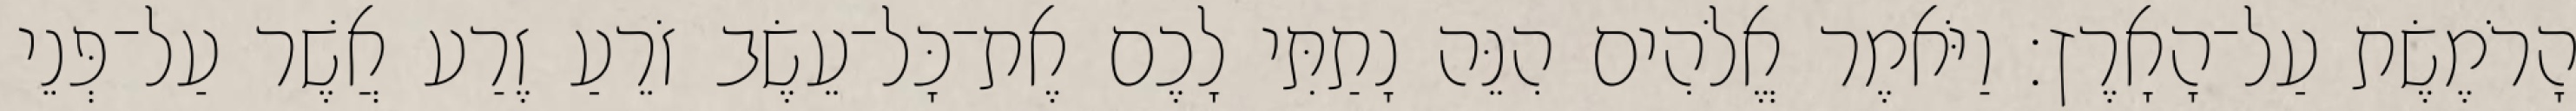
הָרֹמֶשֶׂת עַל־הָאָרֶץ׃ וַיֹּאמֶר אֱלֹהִים הִנֵּה נָתַתִּי לָכֶם אֶת־כָּל־עֵשֶׂב זֹרֵעַ זֶרַע אֲשֶׁר עַל־פְּנֵי